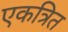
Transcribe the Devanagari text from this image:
एकत्रित